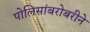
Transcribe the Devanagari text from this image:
पोलिसांबरोबरीने